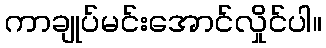
ကာချုပ်မင်းအောင်လှိုင်ပါ။